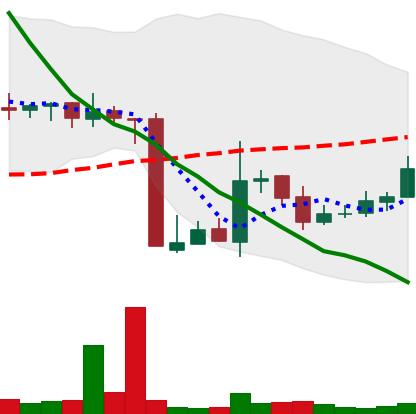
Ticker: XMR-USD
Chart end date: 2018-10-23
Forward return: -3.196%
Label: down_3_5